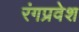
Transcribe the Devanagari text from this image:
रंगप्रवेश